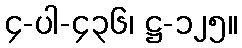
၄-ပါ-၄၃၆၊ ဋ္ဌ-၁၂၅။